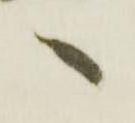
へ